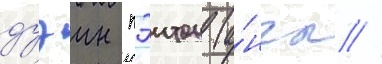
дуэин пэитон (а́нгл //